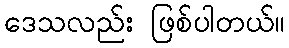
ဒေသလည်း ဖြစ်ပါတယ်။